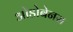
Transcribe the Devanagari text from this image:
ओडोबेनस